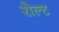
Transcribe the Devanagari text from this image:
रोल्ट